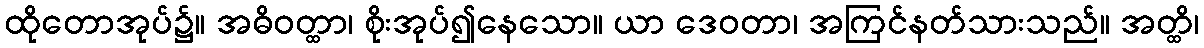
ထိုတောအုပ်၌။ အဓိဝတ္ထာ၊ စိုးအုပ်၍နေသော။ ယာ ဒေဝတာ၊ အကြင်နတ်သားသည်။ အတ္ထိ၊